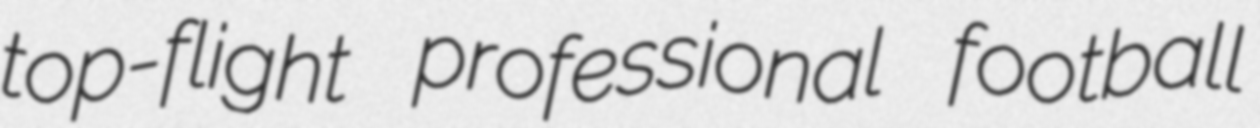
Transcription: top-flight professional football